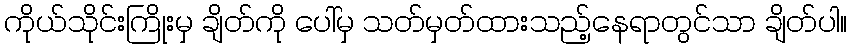
ကိုယ်သိုင်းကြိုးမှ ချိတ်ကို ပေါ်မှ သတ်မှတ်ထားသည့်နေရာတွင်သာ ချိတ်ပါ။